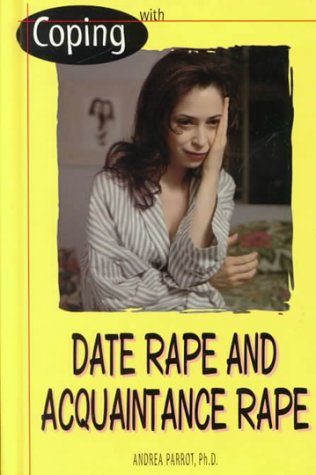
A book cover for Coping With Date Rape and Acquaintance Rape; Andrea Parrot; Teen & Young Adult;